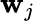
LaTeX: \mathbf{w}_{j}